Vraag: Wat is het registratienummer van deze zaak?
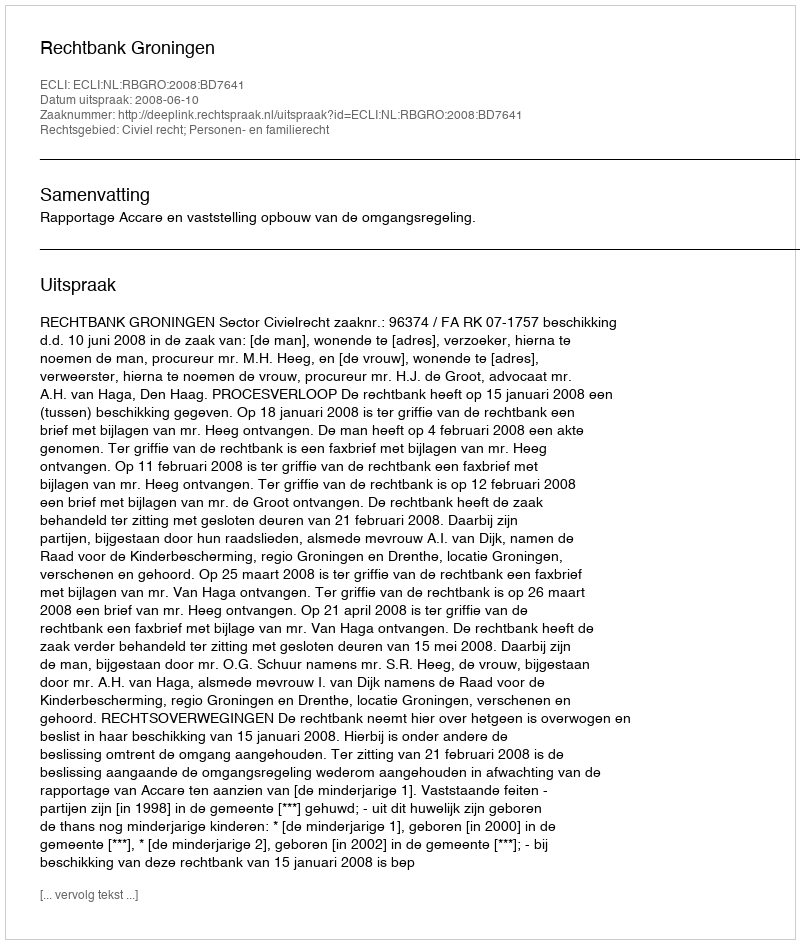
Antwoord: http://deeplink.rechtspraak.nl/uitspraak?id=ECLI:NL:RBGRO:2008:BD7641